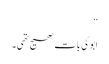
‘‘
ابوکی بات صحیح تھی۔